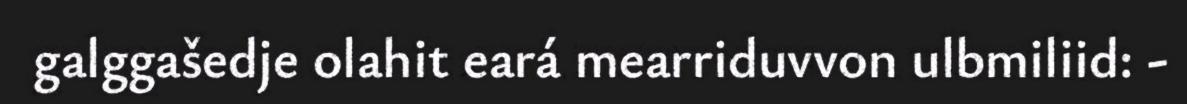
galggašedje olahit eará mearriduvvon ulbmiliid: -